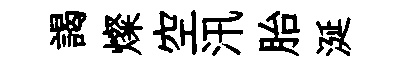
謁燦空汛胎涎